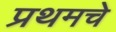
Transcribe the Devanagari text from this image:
प्रथमचे